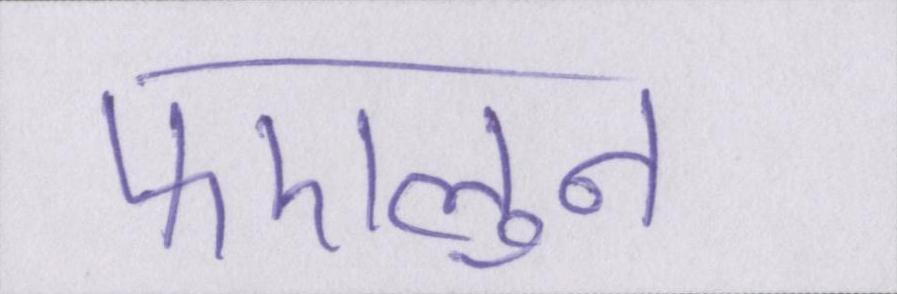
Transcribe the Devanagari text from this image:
फएलुन।